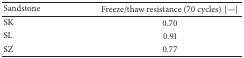
<table><thead><tr><td><b>Sandstone </b></td><td><b>Freeze/thaw resistance (70 cycles)[—]</b></td></tr></thead><tbody><tr><td>SK</td><td>0.70</td></tr><tr><td>SL</td><td>0.91</td></tr><tr><td>SZ</td><td>0.77</td></tr></tbody></table>